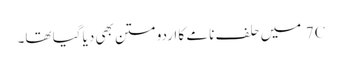
7C میں حلف نامے کا اردو متن بھی دیا گیا تھا۔